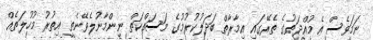
ނަމަވެސް އެ މުއްދަތުގެ ތެރޭގައި އިމާރާތް ބަދަލުކުރުމުގެ މަސައްކަތް ނިންމާނުލެވޭނެތީ އިތުރު މުހުލަތެއް